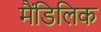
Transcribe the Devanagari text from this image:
मैंडिलिक